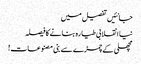
جانئیں تفصیل میں
نیا انقلابی طیارہ بنانے کا فیصلہ
مچھلی کے چمڑے سے بنی مصنوعات!